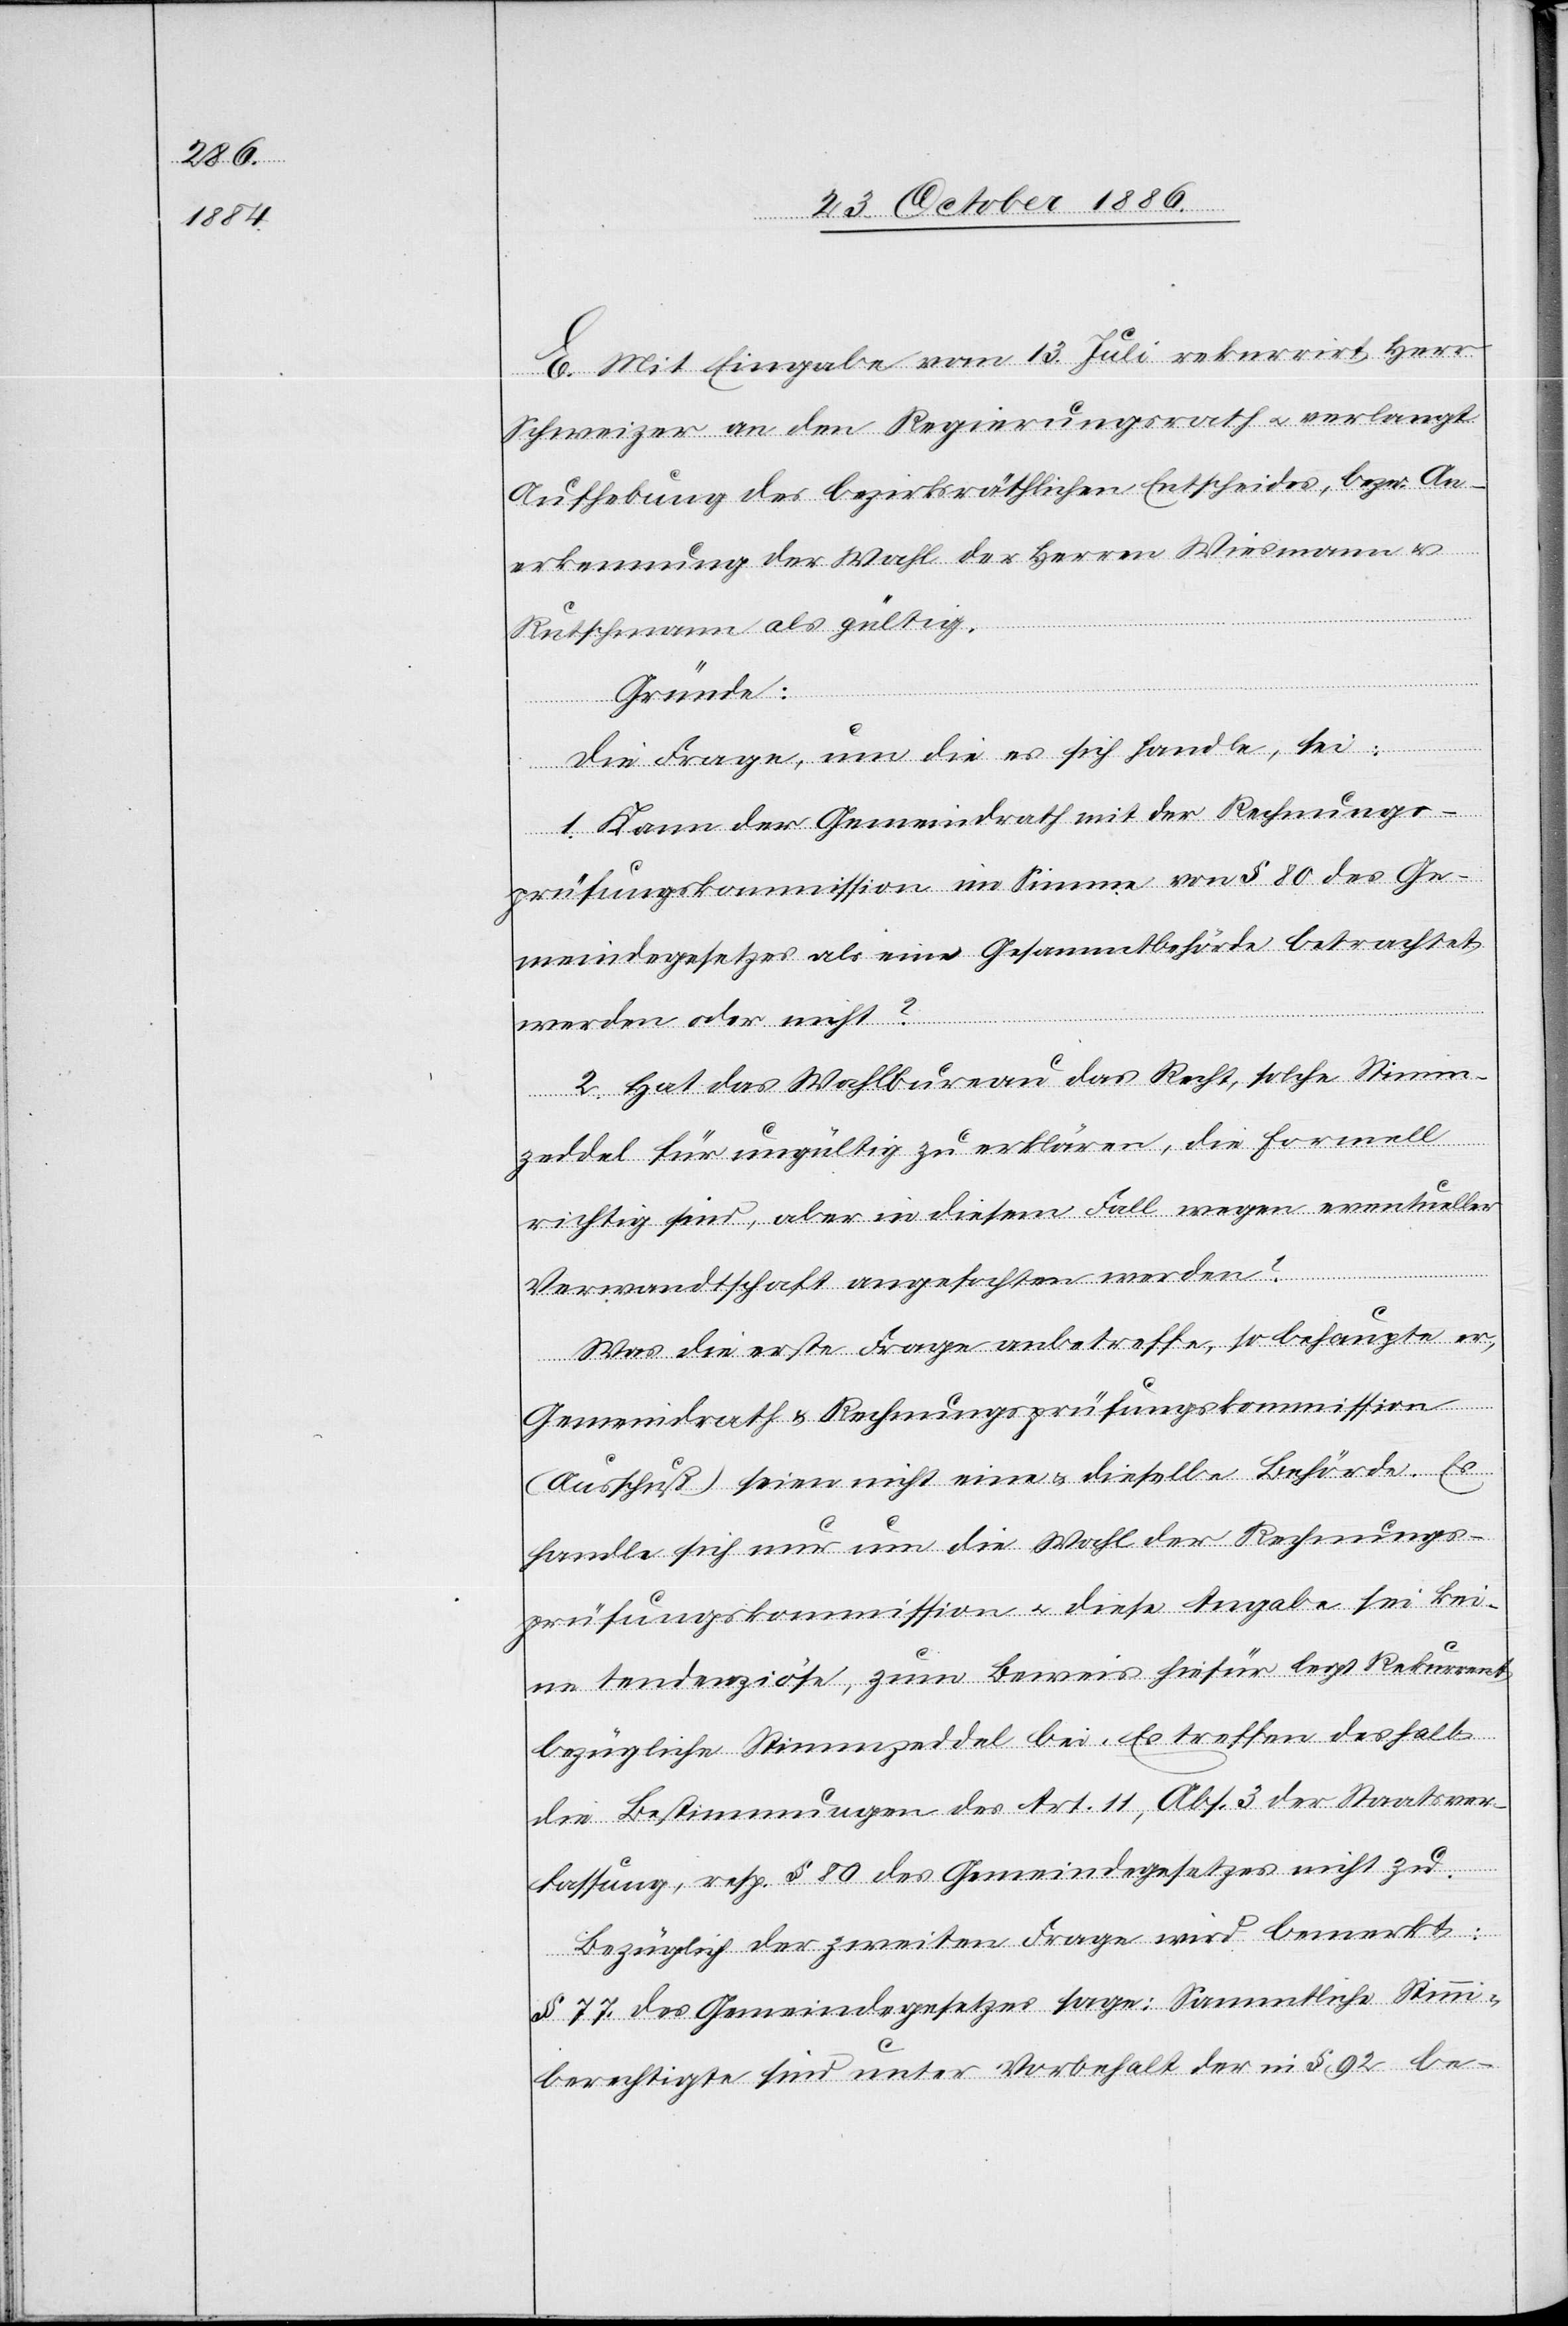
E. Mit Eingabe vom 13. Juli rekurrirt Herr
Schweizer an den Regierungsrath & verlangt
Aufhebung des bezirksräthlichen Entscheides, bezw. An¬
erkennung der Wahl der Herren Wiesmann &
Rutschmann als gültig.
Gründe:
Die Frage, um die es sich handle, sei:
Stimm¬
1. Kann der Gemeindrath mit der Rechnungs¬
prüfungskommission im Sinne von § 80 des Ge¬
meindegesetzes als eine Gesammtbehörde betrachtet
werden oder nicht?
2. Hat das Wahlbureau das Recht, solche Stimm¬
zeddel für ungültig zu erklären, die formell
richtig sind, aber in diesem Fall wegen eventueller
Verwandtschaft angefochten werden?
Was die erste Frage anbetreffe, so behaupte er,
Gemeindrath & Rechnungsprüfungskommission
(Ausschuß) seien nicht eine & dieselbe Behörde. Es
handle sich nur um die Wahl der Rechnungs¬
prüfungskommission & diese Angabe sei kei¬
ne tendenziöse, zum Beweis hiefür legt Rekurrent
bezügliche Stimmzeddel bei. Es treffen deshalb
die Bestimmungen des Art. 11, Abs. 3 der Staatsver¬
fassung, resp. § 80 des Gemeindegesetzes nicht zu.
Bezüglich der zweiten Frage wird bemerkt:
§ 77 des Gemeindegesetzes sage: Sammtliche [si¬
c!]
berechtigte sind unter Vorbehalt der in § 92 be-